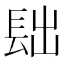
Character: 𨱦